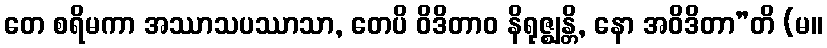
တေ စရိမကာ အဿာသပဿာသာ, တေပိ ဝိဒိတာဝ နိရုဇ္ဈန္တိ, နော အဝိဒိတာ”တိ (မ။